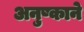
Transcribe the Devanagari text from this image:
अनुष्काने